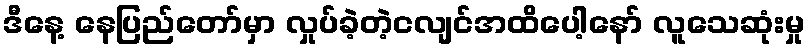
ဒီနေ့ နေပြည်တော်မှာ လှုပ်ခဲ့တဲ့ငလျင်အထိပေါ့နော် လူသေဆုံးမှု